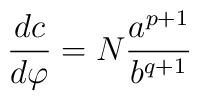
\frac{dc}{d\varphi }=N\frac{a^{p+1}}{b^{q+1}}